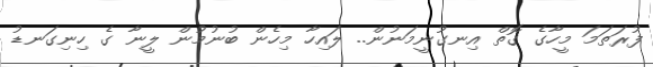
ފުރަތަމަ މީހާގެ ގޮތް އިނގުނީމަނުން.. ލައިހާ މިހެން ބުނުމުން ލީނާ ގެ ހިނިގަނޑު